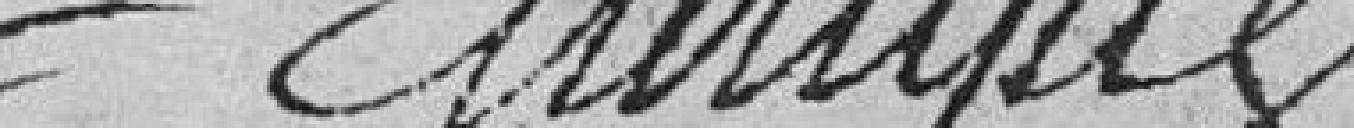
Ellerique